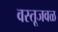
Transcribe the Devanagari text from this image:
वस्तूजवळ